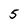
Character: 5